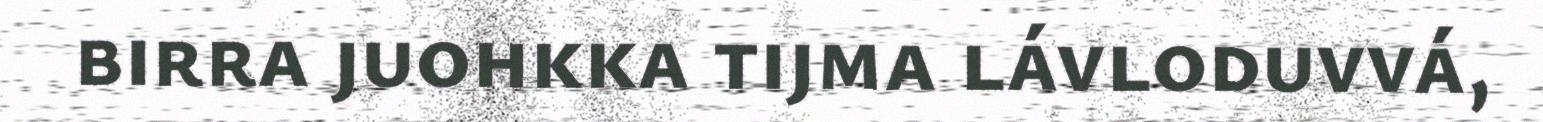
birra juohkka tijma lávloduvvá,